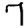
Digit: 7